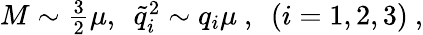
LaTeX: M\sim\textstyle{\frac{3}{2}}\mu,\ \ {\tilde{q}}_{i}^{2}\sim q_{i}\mu\ ,\ \ (i=1,2,3)\ ,